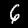
Digit: 6